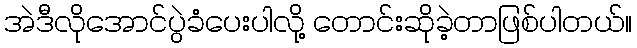
အဲဒီလိုအောင်ပွဲခံပေးပါလို့ တောင်းဆိုခဲ့တာဖြစ်ပါတယ်။